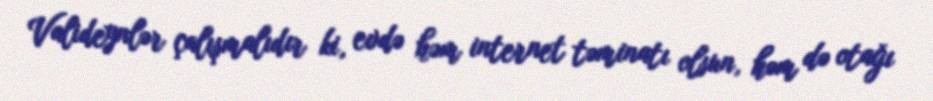
Valideynlər çalışmalıdır ki, evdə həm internet təminatı olsun, həm də otağı